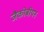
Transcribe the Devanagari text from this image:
जैकोबीयन